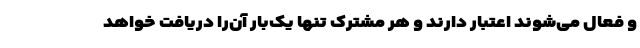
و فعال می‌شوند اعتبار دارند و هر مشترک تنها یک‌بار آن‌را دریافت خواهد